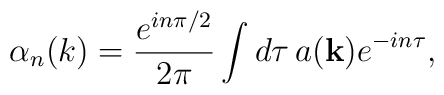
\alpha_n(k) =\frac{e^{in\pi/2}}{2\pi}\int{d\tau\,a({\bf k})e^{-in\tau}},